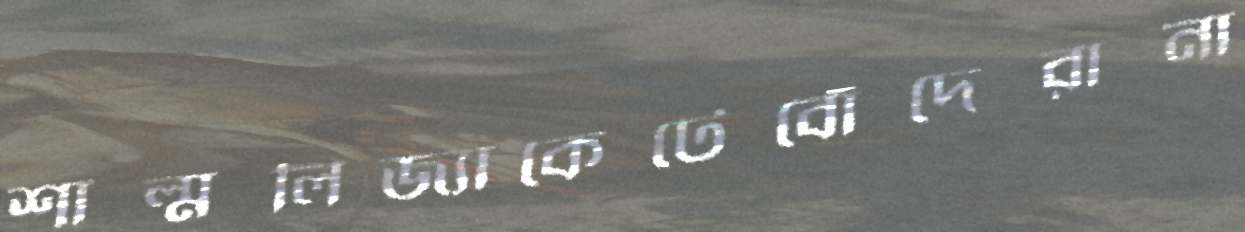
শাল্মলিজ্যাকেটেবোঁদেরানা